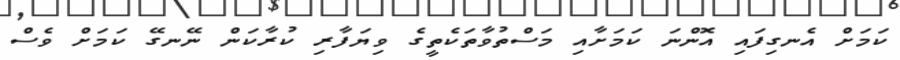
ކަމަށް އެނގިފައި އޮންނަ ކަމަށާއި މަސްތުވާތަކެތީގެ ވިޔަފާރި ކުރާކަން ނޭނގޭ ކަމަށް ވެސް